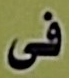
فى